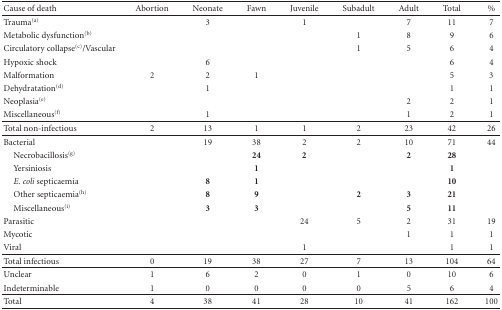
<table><thead><tr><td><b>Cause of death</b></td><td><b>Abortion</b></td><td><b>Neonate</b></td><td><b>Fawn</b></td><td><b>Juvenile</b></td><td><b>Subadult</b></td><td><b>Adult</b></td><td><b>Total</b></td><td><b>%</b></td></tr></thead><tbody><tr><td>Trauma<sup>(a)</sup></td><td></td><td>3</td><td></td><td>1</td><td></td><td>7</td><td>11</td><td>7</td></tr><tr><td>Metabolic dysfunction<sup>(b)</sup></td><td></td><td></td><td></td><td></td><td>1</td><td>8</td><td>9</td><td>6</td></tr><tr><td>Circulatory collapse<sup>(c)</sup>/Vascular</td><td></td><td></td><td></td><td></td><td>1</td><td>5</td><td>6</td><td>4</td></tr><tr><td>Hypoxic shock</td><td></td><td>6</td><td></td><td></td><td></td><td></td><td>6</td><td>4</td></tr><tr><td>Malformation</td><td>2</td><td>2</td><td>1</td><td></td><td></td><td></td><td>5</td><td>3</td></tr><tr><td>Dehydratation<sup>(d)</sup></td><td></td><td>1</td><td></td><td></td><td></td><td></td><td>1</td><td>1</td></tr><tr><td>Neoplasia<sup>(e)</sup></td><td></td><td></td><td></td><td></td><td></td><td>2</td><td>2</td><td>1</td></tr><tr><td>Miscellaneous<sup>(f)</sup></td><td></td><td>1</td><td></td><td></td><td></td><td>1</td><td>2</td><td>1</td></tr><tr><td>Total non-infectious</td><td>2</td><td>13</td><td>1</td><td>1</td><td>2</td><td>23</td><td>42</td><td>26 </td></tr><tr><td>Bacterial</td><td></td><td>19</td><td>38</td><td>2</td><td>2</td><td>10</td><td>71</td><td>44</td></tr><tr><td> Necrobacillosis<sup>(g)</sup></td><td></td><td></td><td><b>24</b></td><td><b>2</b></td><td></td><td><b>2</b></td><td><b>28</b></td><td></td></tr><tr><td> Yersiniosis</td><td></td><td></td><td><b>1</b></td><td></td><td></td><td></td><td><b>1</b></td><td></td></tr><tr><td><i> E. coli</i> septicaemia</td><td></td><td><b>8</b></td><td><b>1</b></td><td></td><td></td><td></td><td><b>10</b></td><td></td></tr><tr><td> Other septicaemia<sup>(h)</sup></td><td></td><td><b>8</b></td><td><b>9</b></td><td></td><td><b>2</b></td><td><b>3</b></td><td><b>21</b></td><td></td></tr><tr><td> Miscellaneous<sup>(i)</sup></td><td></td><td><b>3</b></td><td><b>3</b></td><td></td><td></td><td><b>5</b></td><td><b>11</b></td><td></td></tr><tr><td>Parasitic</td><td></td><td></td><td></td><td>24</td><td>5</td><td>2</td><td>31</td><td>19</td></tr><tr><td>Mycotic</td><td></td><td></td><td></td><td></td><td></td><td>1</td><td>1</td><td>1</td></tr><tr><td>Viral</td><td></td><td></td><td></td><td>1</td><td></td><td></td><td>1</td><td>1</td></tr><tr><td>Total infectious</td><td>0</td><td>19</td><td>38</td><td>27</td><td>7</td><td>13</td><td>104</td><td>64</td></tr><tr><td>Unclear</td><td>1</td><td>6</td><td>2</td><td>0</td><td>1</td><td>0</td><td>10</td><td>6</td></tr><tr><td>Indeterminable</td><td>1</td><td>0</td><td>0</td><td>0</td><td>0</td><td>5</td><td>6</td><td>4</td></tr><tr><td>Total</td><td>4</td><td>38</td><td>41</td><td>28</td><td>10</td><td>41</td><td>162</td><td>100</td></tr></tbody></table>